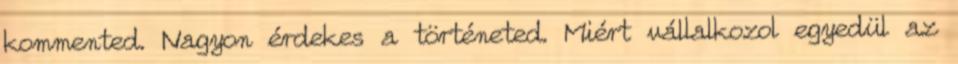
kommented. Nagyon érdekes a történeted. Miért vállalkozol egyedül az